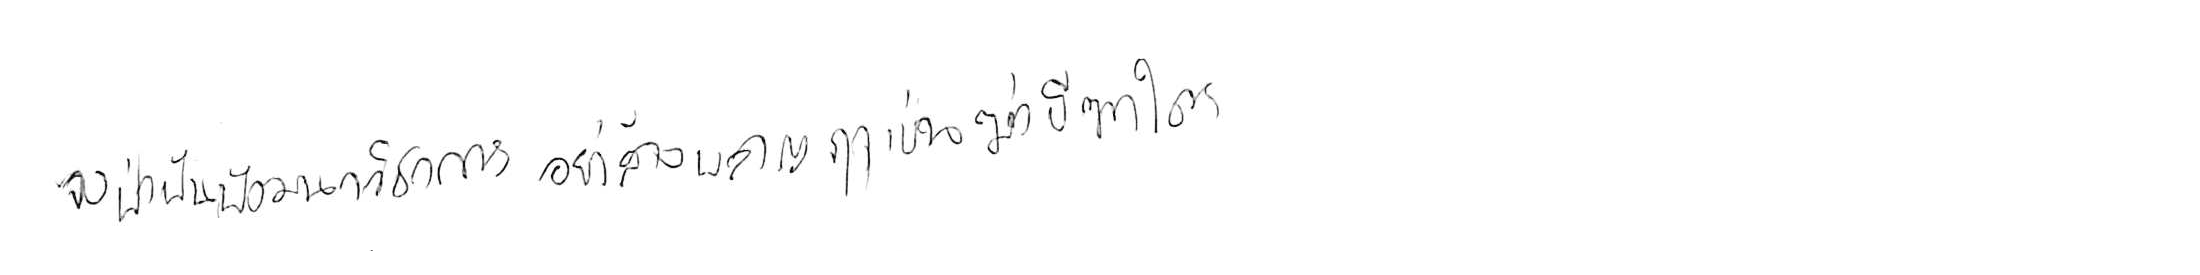
จงฝ่าฟันพัฒนาวิชาการ อย่าล้างผลาญฤๅเข่นฆ่าบีฑาใคร